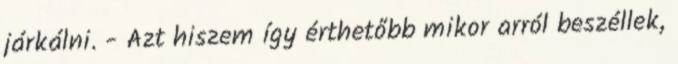
járkálni. - Azt hiszem így érthetőbb mikor arról beszéllek,